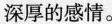
深厚的感情。